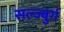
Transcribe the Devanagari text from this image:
सल्ज्बुर्ग